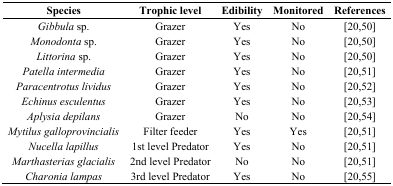
<table><thead><tr><td><b>Species</b></td><td><b>Trophic level</b></td><td><b>Edibility</b></td><td><b>Monitored</b></td><td><b>References</b></td></tr></thead><tbody><tr><td><i>Gibbula</i> sp.</td><td>Grazer</td><td>Yes</td><td>No</td><td>[20,50]</td></tr><tr><td><i>Monodonta</i> sp.</td><td>Grazer</td><td>Yes</td><td>No</td><td>[20,50]</td></tr><tr><td><i>Littorina</i> sp.</td><td>Grazer</td><td>Yes</td><td>No</td><td>[20,50]</td></tr><tr><td><i>Patella intermedia</i></td><td>Grazer</td><td>Yes</td><td>No</td><td>[20,51]</td></tr><tr><td><i>Paracentrotus lividus</i></td><td>Grazer</td><td>Yes</td><td>No</td><td>[20,52]</td></tr><tr><td><i>Echinus esculentus</i></td><td>Grazer</td><td>Yes</td><td>No</td><td>[20,53]</td></tr><tr><td><i>Aplysia depilans</i></td><td>Grazer</td><td>No</td><td>No</td><td>[20,54]</td></tr><tr><td><i>Mytilus galloprovincialis</i></td><td>Filter feeder</td><td>Yes</td><td>Yes</td><td>[20,51]</td></tr><tr><td><i>Nucella lapillus</i></td><td>1st level Predator</td><td>Yes</td><td>No</td><td>[20,51]</td></tr><tr><td><i>Marthasterias glacialis</i></td><td>2nd level Predator </td><td>No</td><td>No</td><td>[20,51]</td></tr><tr><td><i>Charonia lampas</i></td><td>3rd level Predator</td><td>Yes</td><td>No</td><td>[20,55]</td></tr></tbody></table>